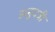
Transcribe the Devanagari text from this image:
अनुपत्री